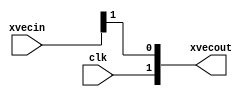
module test2
  (
   clk,
   xvecin,
   xvecout
   );
   input clk;
   input wire [1:0] xvecin;
   output wire [1:0] xvecout;
   assign xvecout = {clk, xvecin[1]};
endmodule